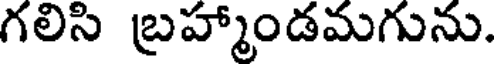
గలిసి బ్రహ్మాండమగును.